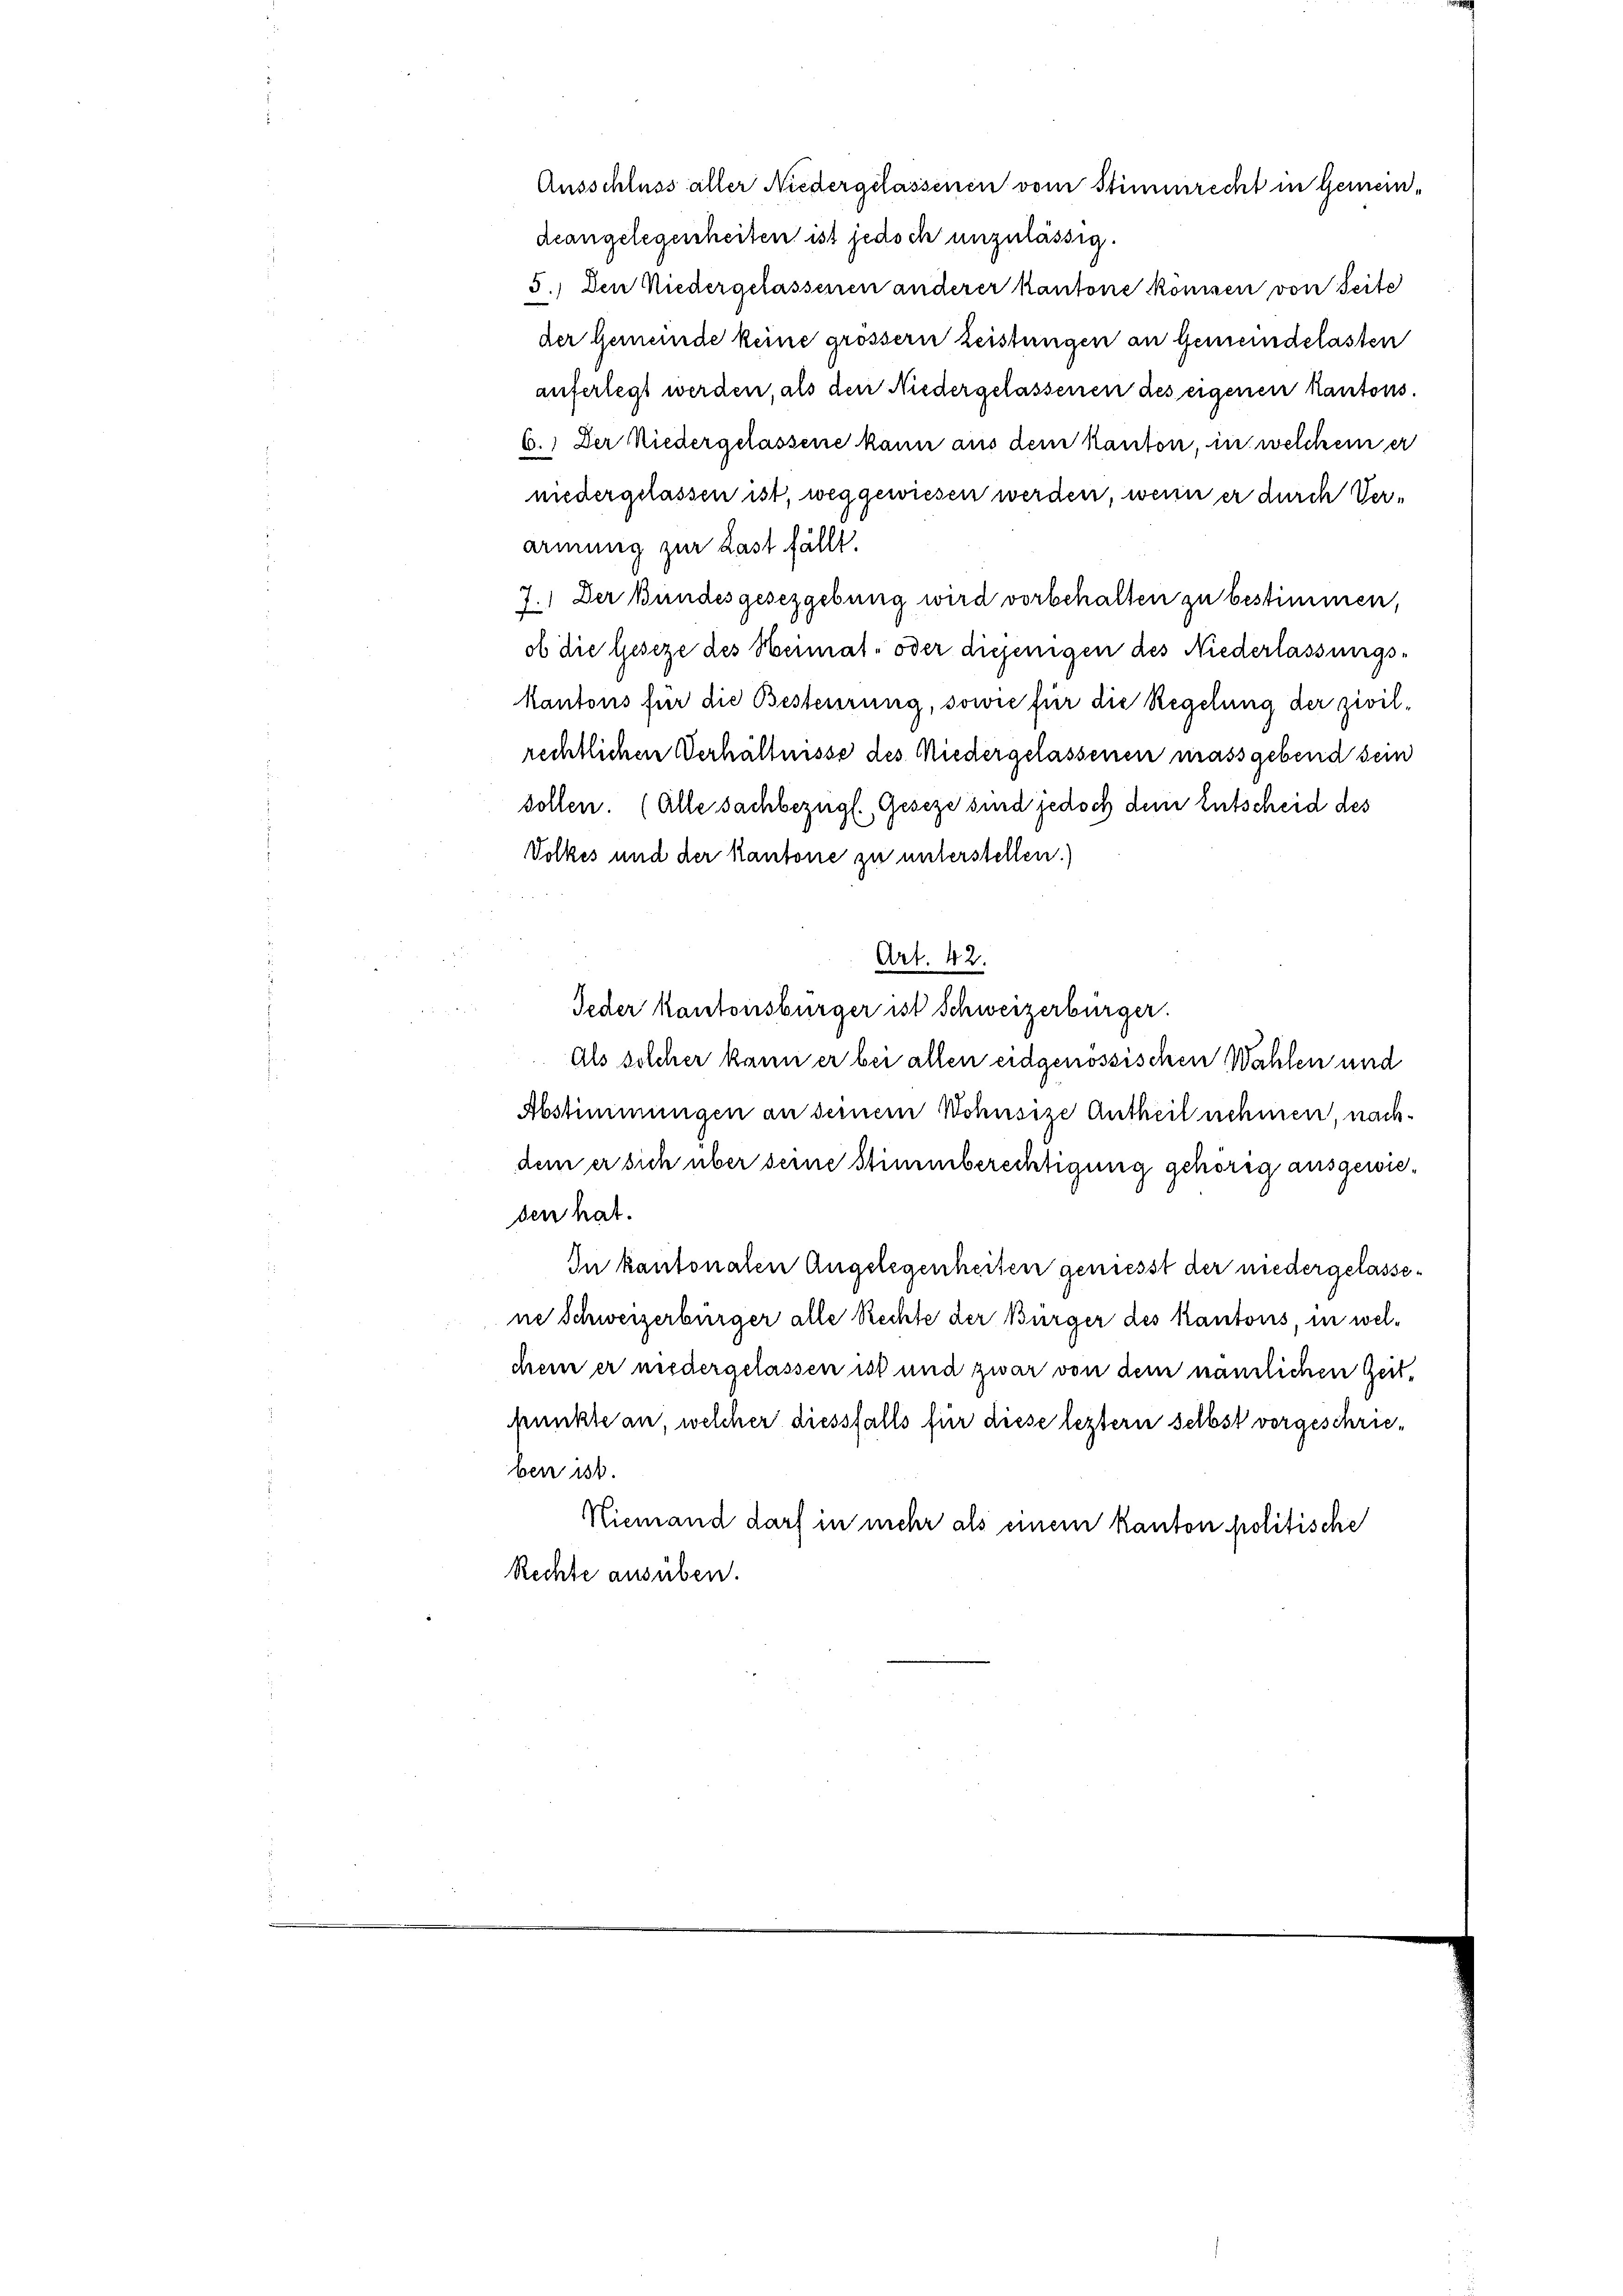
Ausschluss aller Niedergelassenen vom Stimmrecht in Gemeindeangelegenheiten ist jedoch unzulässig.

5.) Den Niedergelassenen anderer kantone kommen von Seite
der Gemeinde keine grossern Leistungen an Gemeindelasten
auferlegt werden, als den Niedergelassenen des eigenen Kantons.
6.) Der Niedergelassene kann aus dem kanton, in welchem er
niedergelassen ist, weggewiesen werden, wenn er durch Verarmung zur Last fällt.
ach
1.) Der Bundesgesezgebung wird vorbehalten zu bestimmen,
ob die Geseze des Heimat- oder diejenigen des Niederlassungs-
kantons für die Besterirung, sowie für die Regelung der zivilrechtlichen Verhältnisse des Niedergelassenen massgebend sein
sollen. (Alle sachbezügl. Geseze sind jedoch dem Entscheid des
Volkes und der Kantone zu unterstellen.)
Art. 42.
Jeder kantonsbürger ist Schweizerbürger.
als solcher kann er bei allen eidgenössischen Wahlen und
Abstimmungen an seinem Wohnsize Antheil nehmen, nachdem er sich über seine Stimmberechtigung gehörig ausgewieden hat.
In kantonalen Angelegenheiten geniesst der niedergelassene Schweizerbürger alle Rechte der Bürger des Kantons, in wel-
chem er niedergelassen ist und zwar von dem nämlichen Zeit¬
Munkte an, welcher diessfalls für diese leztern selbst vorgeschrieben ist.
Niemand darf in mehr als einem kanton politische
Rechte ausüben.